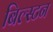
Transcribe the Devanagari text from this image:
बिल्स्टन